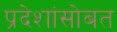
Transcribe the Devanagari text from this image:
प्रदेशांसोबत